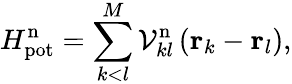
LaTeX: H_{\mathrm{pot}}^{\mathrm{n}}=\sum_{k<l}^{M}{\mathcal{V}_{kl}^{\mathrm{n}}\left({\mathbf r}_{k}-{\mathbf r}_{l}\right)},